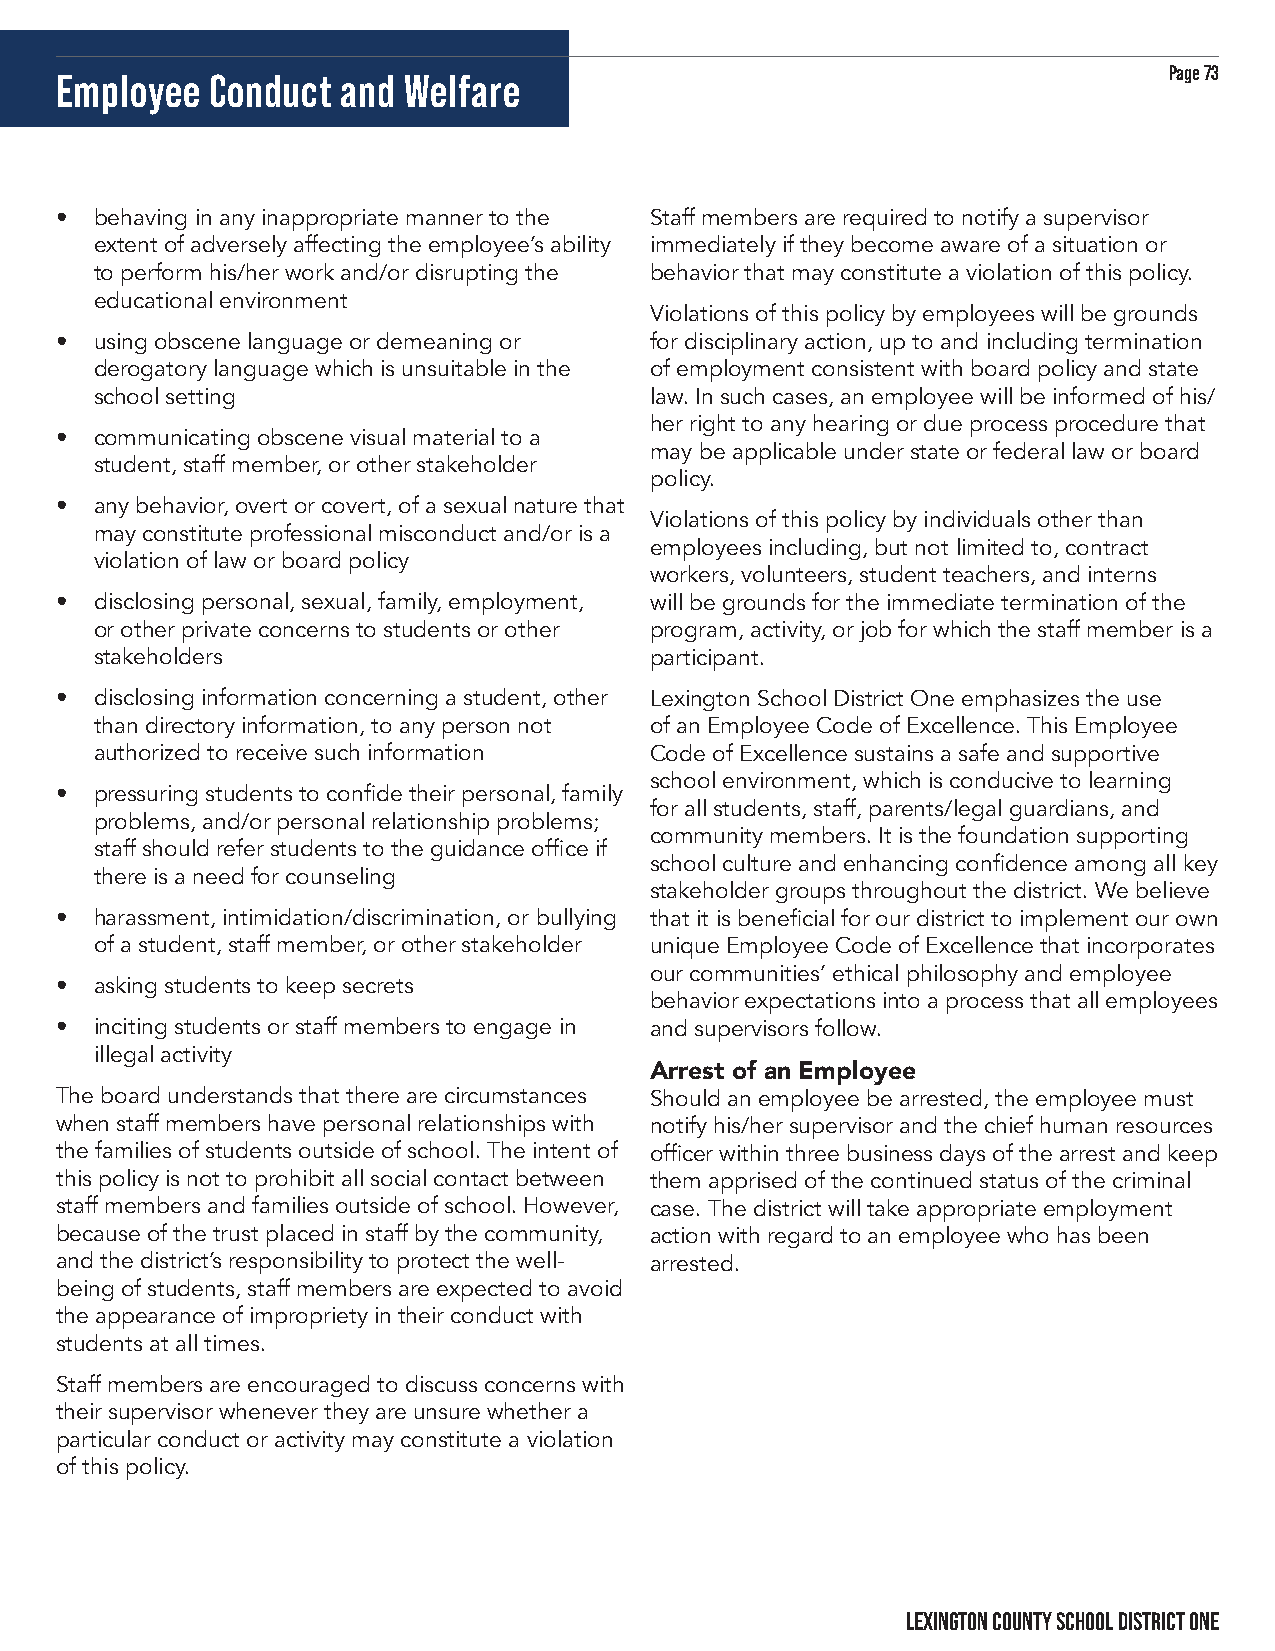
Page 73
 Employee  Conduct  and Welfare
 • behaving in any inappropriate manner to the Staff members are required to notify a supervisor
 extent of adversely affecting the employee’s ability immediately if they become aware of a situation or
 to perform his/her work and/or disrupting the behavior that may constitute a violation of this policy.
 educational environment
 Violations of this policy by employees will be grounds
 • using obscene language or demeaning or for disciplinary action, up to and including termination
 derogatory language which is unsuitable in the of employment consistent with board policy and state
 school setting                       law. In such cases, an employee will be informed of his/
 her right to any hearing or due process procedure that
 • communicating obscene visual material to a
 may be applicable under state or federal law or board
 student, staff member, or other stakeholder
 policy.
 • any behavior, overt or covert, of a sexual nature that
 Violations of this policy by individuals other than
 may constitute professional misconduct and/or is a
 employees including, but not limited to, contract
 violation of law or board policy
 workers, volunteers, student teachers, and interns
 • disclosing personal, sexual, family, employment, will be grounds for the immediate termination of the
 or other private concerns to students or other program, activity, or job for which the staff member is a
 stakeholders                         participant.
 • disclosing information concerning a student, other Lexington School District One emphasizes the use
 than directory information, to any person not of an Employee Code of Excellence. This Employee
 authorized to receive such information Code of Excellence sustains a safe and supportive
 school environment, which is conducive to learning
 • pressuring students to confide their personal, family
 for all students, staff, parents/legal guardians, and
 problems, and/or personal relationship problems;
 community members. It is the foundation supporting
 staff should refer students to the guidance office if
 school culture and enhancing confidence among all key
 there is a need for counseling
 stakeholder groups throughout the district. We believe
 • harassment, intimidation/discrimination, or bullying that it is beneficial for our district to implement our own
 of a student, staff member, or other stakeholder unique Employee Code of Excellence that incorporates
 our communities’ ethical philosophy and employee
 • asking students to keep secrets
 behavior expectations into a process that all employees
 • inciting students or staff members to engage in and supervisors follow.
 illegal activity
 Arrest of an Employee
 The board understands that there are circumstances Should an employee be arrested, the employee must
 when staff members have personal relationships with notify his/her supervisor and the chief human resources
 the families of students outside of school. The intent of officer within three business days of the arrest and keep
 this policy is not to prohibit all social contact between them apprised of the continued status of the criminal
 staff members and families outside of school. However, case. The district will take appropriate employment
 because of the trust placed in staff by the community, action with regard to an employee who has been
 and the district’s responsibility to protect the well- arrested.
 being of students, staff members are expected to avoid
 the appearance of impropriety in their conduct with
 students at all times.
 Staff members are encouraged to discuss concerns with
 their supervisor whenever they are unsure whether a
 particular conduct or activity may constitute a violation
 of this policy.
 LEXINGTON COUNTY SCHOOL DISTRICT ONE